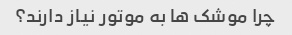
چرا موشک ها به موتور نیاز دارند؟